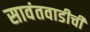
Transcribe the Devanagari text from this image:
सावंतवाडीची